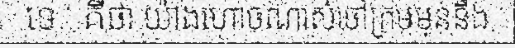
ទេ...គឺថា យ៉ាងហោចណាស់ចៅក្រមមុននឹង